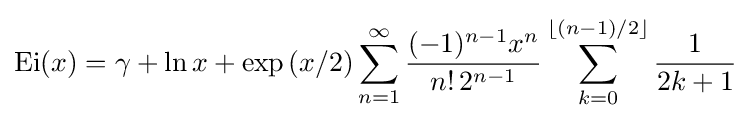
{\rm {Ei}}(x)=\gamma +\ln x+\exp {(x/2)}\sum _{n=1}^{\infty }{\frac {(-1)^{n-1}x^{n}}{n!\,2^{n-1}}}\sum _{k=0}^{\lfloor (n-1)/2\rfloor }{\frac {1}{2k+1}}